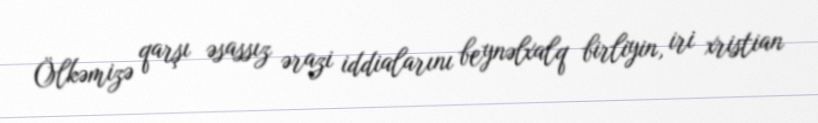
Ölkəmizə qarşı əsassız ərazi iddialarını beynəlxalq birliyin, iri xristian